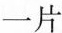
一片